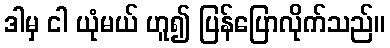
ဒါမှ ငါ ယုံမယ် ဟူ၍ ပြန်ပြောလိုက်သည်။